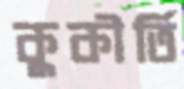
কুকীর্তি